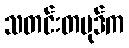
သတင်းတပုဒ်က